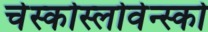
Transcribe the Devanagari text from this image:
चेस्कोस्लोवेन्स्को